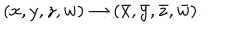
LaTeX: ( x , y , z , w ) \to ( \bar { x } , \bar { y } , \bar { z } , \bar { w } ) .